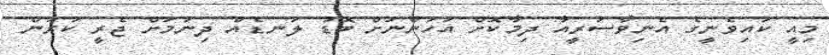
މިއީ ކައިވެނީގެ އެނިވާސަރީއާ ދިމާކޮށް އަހަންނަށް ބޮޑު ލަނޑެއް ދިނުމަށް ޖެރީ ކުރަން